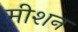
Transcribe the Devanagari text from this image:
मीशन